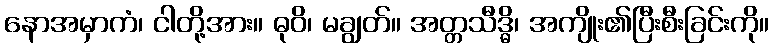
နောအမှာကံ၊ ငါတို့အား။ ဓုဝိ၊ မချွတ်။ အတ္တသီဒ္ဓိ၊ အကျိုး၏ပြီးစီးခြင်းကို။